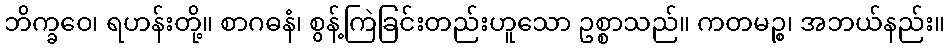
ဘိက္ခဝေ၊ ရဟန်းတို့။ စာဂဓနံ၊ စွန့်ကြဲခြင်းတည်းဟူသော ဥစ္စာသည်။ ကတမဉ္စ၊ အဘယ်နည်း။